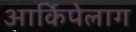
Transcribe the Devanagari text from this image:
आर्किपेलाग